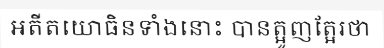
អតីតយោធិនទាំងនោះ បានត្អូញត្អែរថា